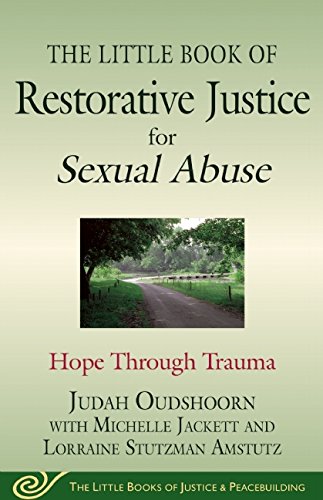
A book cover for The Little Book of Restorative Justice for Sexual Abuse: Hope through Trauma (Justice and Peacebuilding); Judah Oudshoorn; Law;